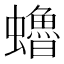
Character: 𧔎